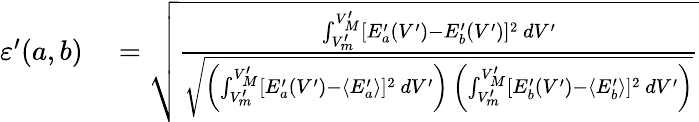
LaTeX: \begin{array}{rl}{\varepsilon^{\prime}(a,b)}&{{}=\sqrt{\frac{\int_{V_{m}^{\prime}}^{V_{M}^{\prime}}[E_{a}^{\prime}(V^{\prime})-E_{b}^{\prime}(V^{\prime})]^{2}~dV^{\prime}}{\sqrt{\left(\int_{V_{m}^{\prime}}^{V_{M}^{\prime}}[E_{a}^{\prime}(V^{\prime})-\langle E_{a}^{\prime}\rangle]^{2}~dV^{\prime}\right)~\left(\int_{V_{m}^{\prime}}^{V_{M}^{\prime}}[E_{b}^{\prime}(V^{\prime})-\langle E_{b}^{\prime}\rangle]^{2}~dV^{\prime}\right)}}}}\end{array}